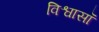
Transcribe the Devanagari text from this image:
विश्वासॉ